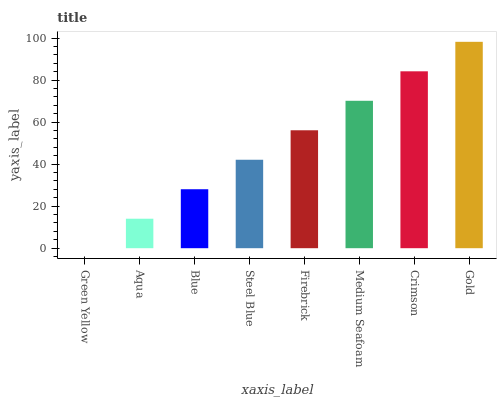
| xaxis_label | bars |
 | --- | --- |
 | Green Yellow | 0 |
 | Aqua | 14 |
 | Blue | 28.1 |
 | Steel Blue | 42.1 |
 | Firebrick | 56.2 |
 | Medium Seafoam | 70.2 |
 | Crimson | 84.2 |
 | Gold | 98.3 |